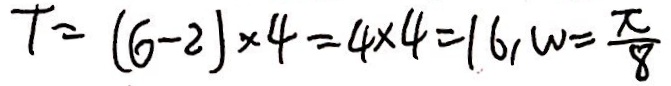
T = ( 6 - 2 ) \times 4 = 4 \times 4 = 1 6 , W = \frac { \pi } { 8 }